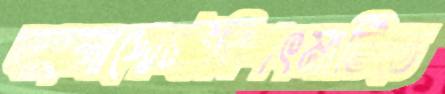
বাংলাপোস্টবিপৎমাটিতে